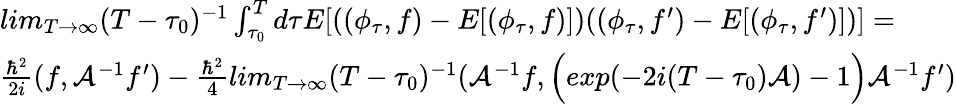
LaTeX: \begin{array}{l}{{lim_{T\rightarrow\infty}(T-\tau_{0})^{-1}\int_{\tau_{0}}^{T}d\tau E[((\phi_{\tau},f)-E[(\phi_{\tau},f)])((\phi_{\tau},f^{\prime})-E[(\phi_{\tau},f^{\prime})])]=}}\\ {{\frac{\hbar^{2}}{2i}(f,{\cal A}^{-1}f^{\prime})-\frac{\hbar^{2}}{4}lim_{T\rightarrow\infty}(T-\tau_{0})^{-1}({\cal A}^{-1}f,\Big(exp(-2i(T-\tau_{0}){\cal A})-1\Big){\cal A}^{-1}f^{\prime})}}\end{array}